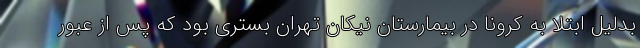
بدلیل ابتلا به کرونا در بیمارستان نیکان تهران بستری بود که پس از عبور